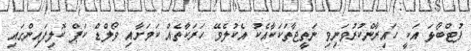
ފުޓްބޯޅަ އަކީ ހައިރާންކުރުވަނިވި ނަތީޖާތަކަކާއެކު އެކުލެވޭ ހަރަކާތެއް ކަމަށާއި ވޯލްޑް ކަޕް ކޮލިފައިންގައި